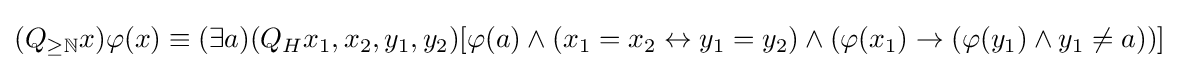
(Q_{\geq \mathbb {N} }x)\varphi (x)\equiv (\exists a)(Q_{H}x_{1},x_{2},y_{1},y_{2})[\varphi (a)\land (x_{1}=x_{2}\leftrightarrow y_{1}=y_{2})\land (\varphi (x_{1})\rightarrow (\varphi (y_{1})\land y_{1}\neq a))]